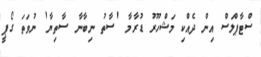
ސްޓާޕްލަސް އިން ދެއްކި މަޝްހޫރު ޑުރާމާ 'ސާތު ނިބާނާ ސާތިޔާ' ނުވަތަ ގޯޕީ